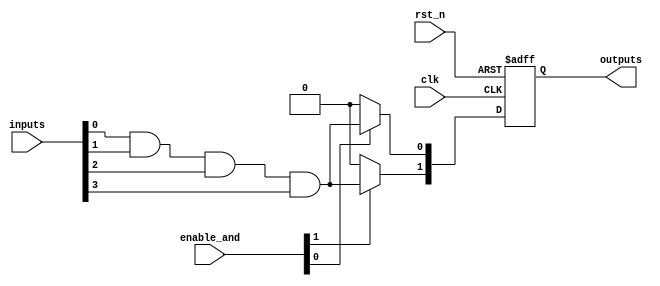
module RPAL #(
    parameter NUM_INPUTS = 4,       // Number of input signals
    parameter NUM_OUTPUTS = 2,      // Number of output signals
    parameter NUM_AND_GATES = 4      // Number of AND gates
)(
    input wire clk,                  // Global clock input
    input wire rst_n,                // Active low reset
    input wire [NUM_INPUTS-1:0] inputs, // Input signals
    input wire [NUM_AND_GATES-1:0] enable_and, // Enable for each AND gate
    output reg [NUM_OUTPUTS-1:0] outputs // Registered outputs
);

// Internal wires for AND gate outputs
wire [NUM_AND_GATES-1:0] and_outputs [NUM_INPUTS-1:0];

// Generate the programmable AND gates
genvar i, j;
generate
    for (i = 0; i < NUM_AND_GATES; i = i + 1) begin : and_gate
        wire and_input;
        assign and_input = (enable_and[i]) ? (inputs[0] & inputs[1] & inputs[2] & inputs[3]) : 1'b0; // Example of a fixed combination
        assign and_outputs[i] = and_input;
    end
endgenerate

// D flip-flops for registered outputs
always @(posedge clk or negedge rst_n) begin
    if (!rst_n) begin
        outputs <= 0; // Reset outputs
    end else begin
        // Register the outputs from AND gates
        outputs[0] <= and_outputs[0]; // Register output from AND gate 0
        outputs[1] <= and_outputs[1]; // Register output from AND gate 1
    end
end

endmodule